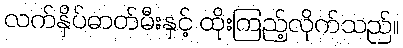
လက်နှိပ်ဓာတ်မီးနှင့် ထိုးကြည့်လိုက်သည်။